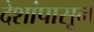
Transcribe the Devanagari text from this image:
देशांपासून